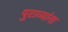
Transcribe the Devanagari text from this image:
पुराव्यांना